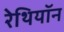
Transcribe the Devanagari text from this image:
रेथियॉन